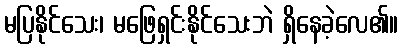
မပြနိုင်သေး၊ မဖြေရှင်းနိုင်သေးဘဲ ရှိနေခဲ့လေ၏။